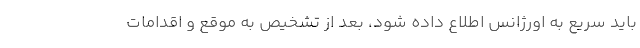
باید سریع به اورژانس اطلاع داده شود، بعد از تشخیص به موقع و اقدامات